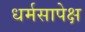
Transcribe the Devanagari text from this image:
धर्मसापेक्ष